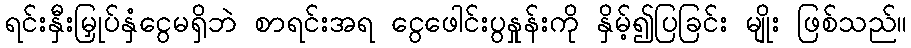
ရင်းနှီးမြှုပ်နှံငွေမရှိဘဲ စာရင်းအရ ငွေဖေါင်းပွနှုန်းကို နှိမ့်၍ပြခြင်း မျိုး ဖြစ်သည်။